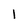
Character: 1